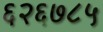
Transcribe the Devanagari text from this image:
६२६७८५